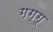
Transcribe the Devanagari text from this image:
गग्गू